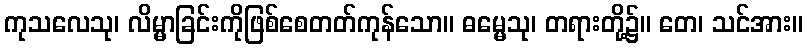
ကုသလေသု၊ လိမ္မာခြင်းကိုဖြစ်စေတတ်ကုန်သော။ ဓမ္မေသု၊ တရားတို့၌။ တေ၊ သင်အား။